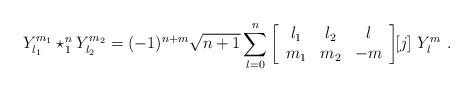
LaTeX: \begin{align*}Y_{l_{1}}^{m_{1}}\star_{1}^{n}Y_{l_{2}}^{m_{2}}=(-1)^{n+m}\sqrt{n+1}\sum_{l=0}^{n}\left[\begin{array}[c]{ccc}l_{1} & l_{2} & l\\m_{1} & m_{2} & -m\end{array}\right] \!\!{[j]}\ Y_{l}^{m}\ .\ \end{align*}